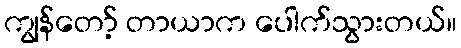
ကျွန်တော့် တာယာက ပေါက်သွားတယ်။